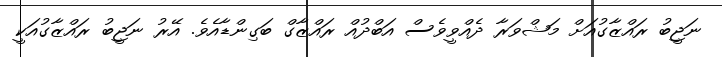
ނަޖީބު ރައްޒާގުއަށް މަޝްވަރާ ދެއްވީވެސް އަބްދުއް ރައްޒާގް ބަގިންޑާއެވެ. އޭރު ނަޖީބު ރައްޒާގުއަކީ